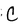
Character: C